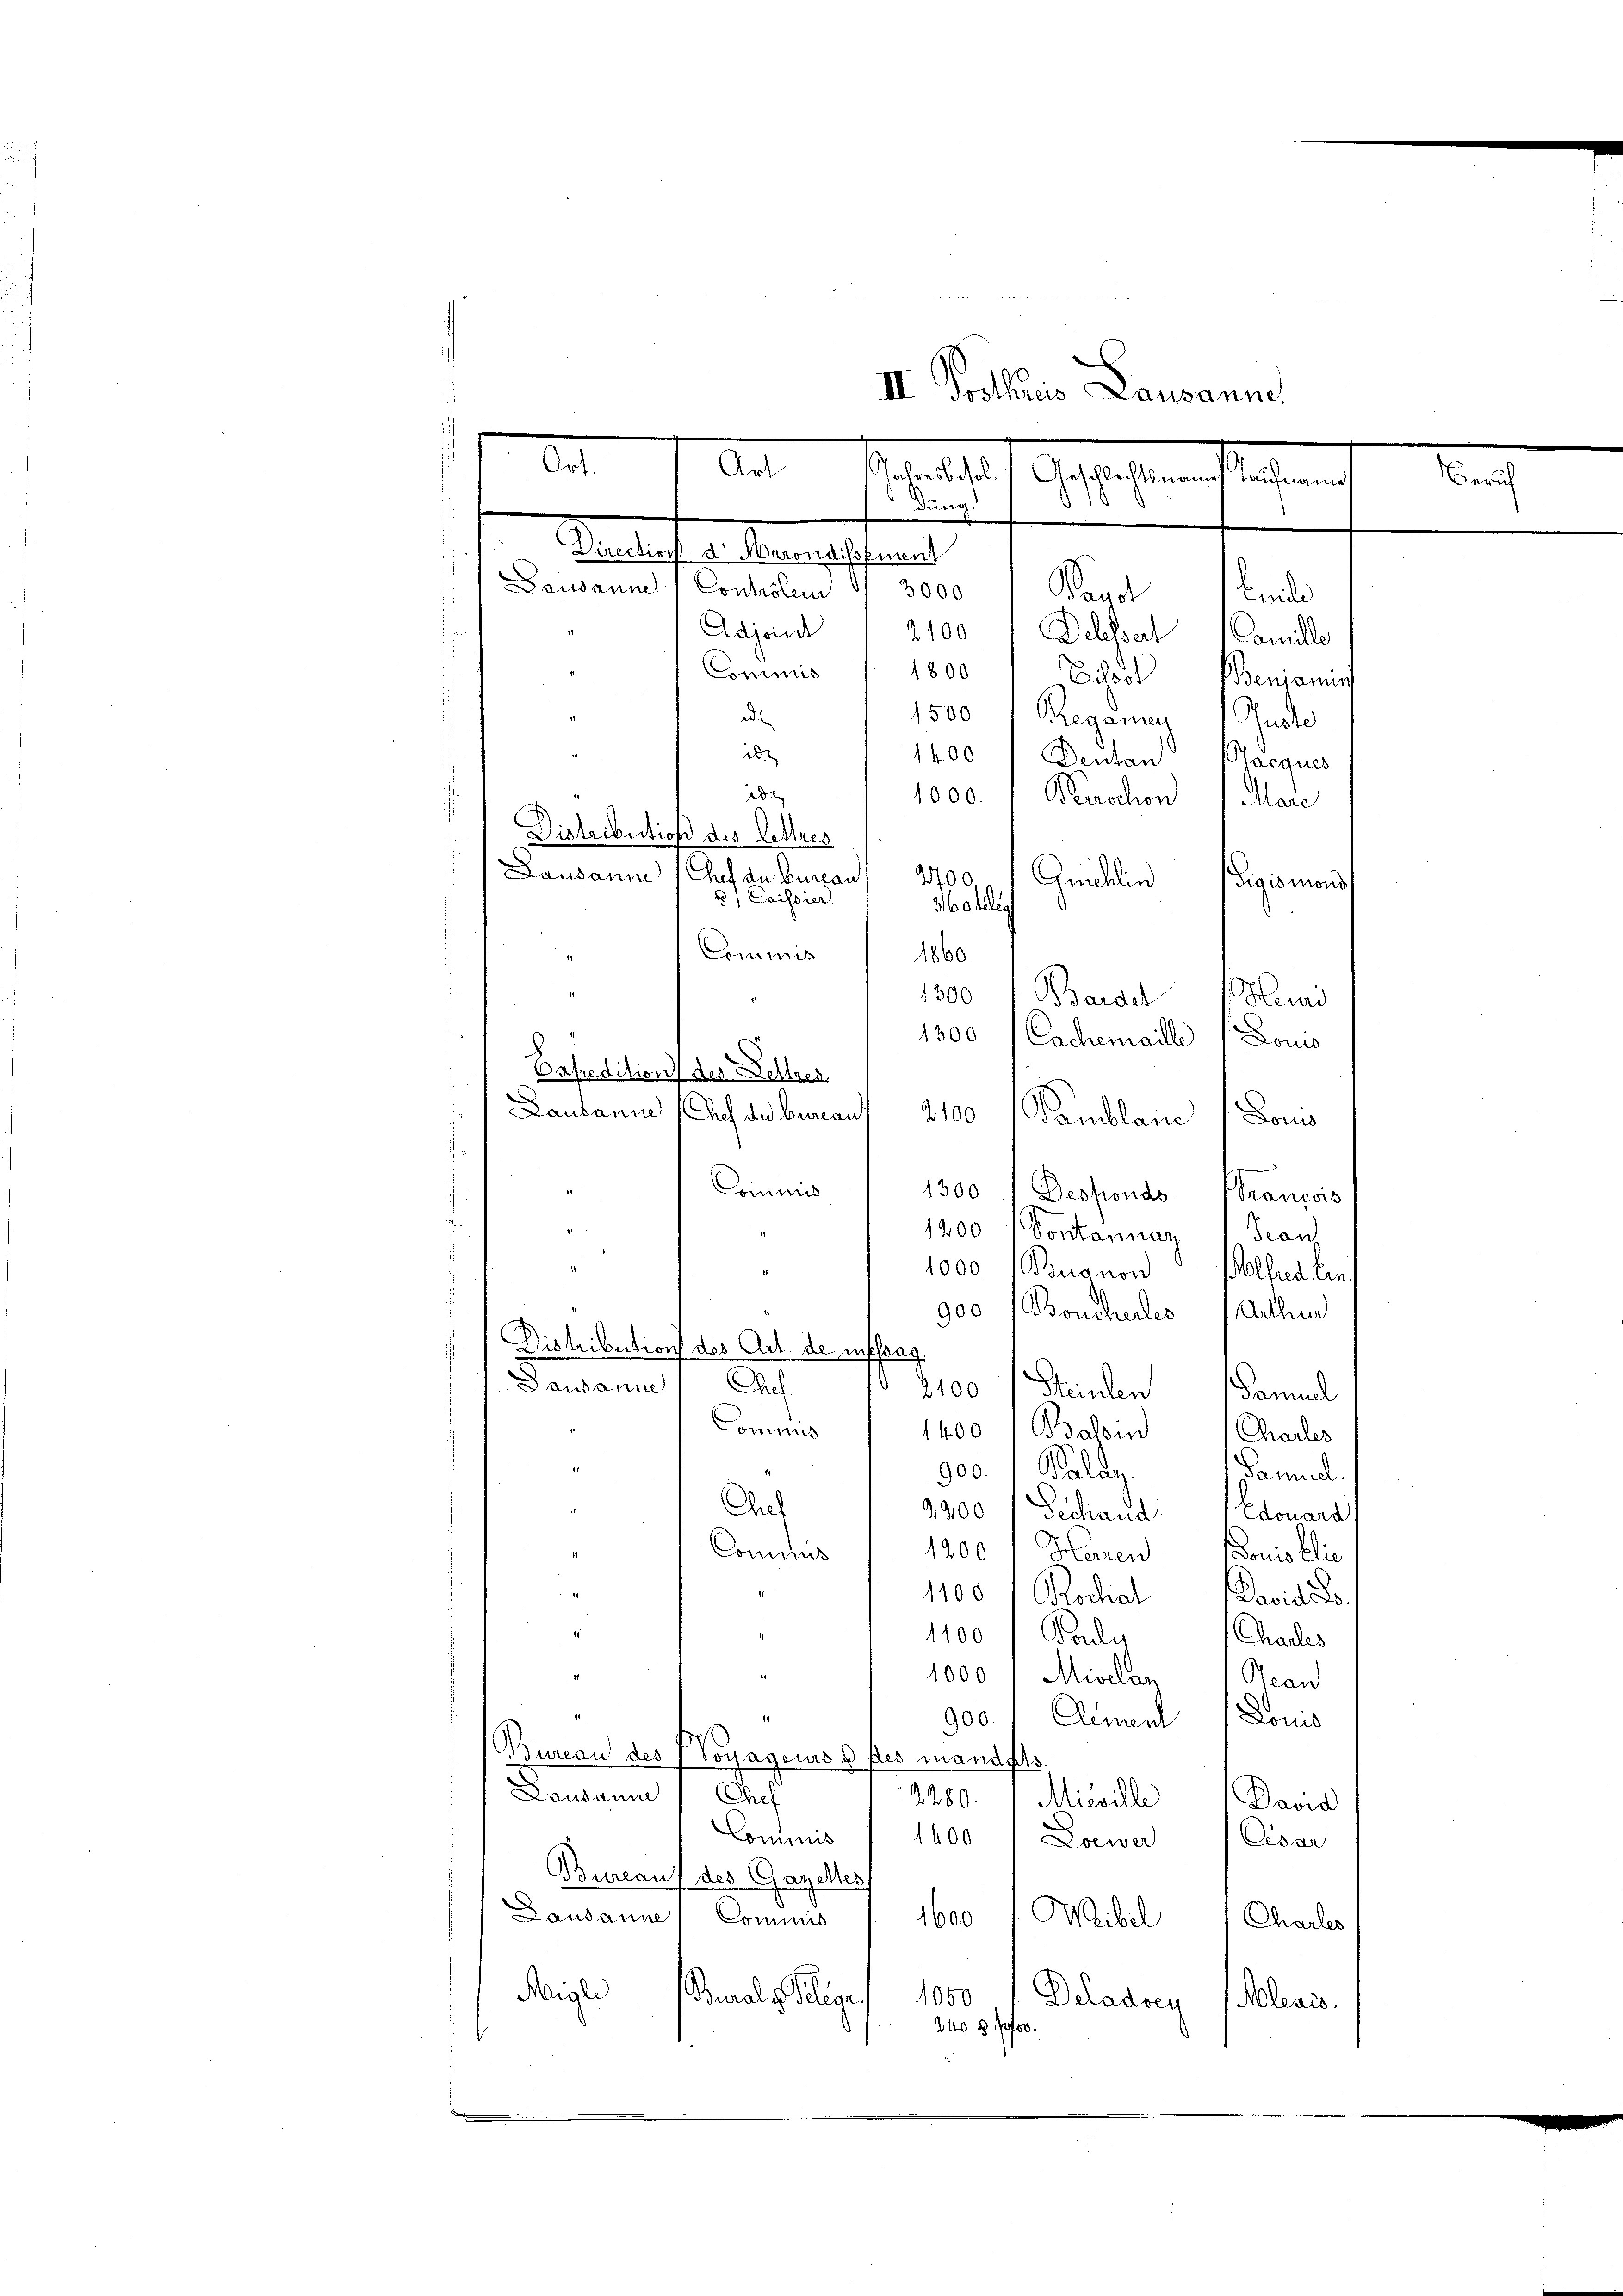
.

Commis
1800
1500 Regamier Juste
ad
id
1400 / Deutan acques
d
1000. Paschon Marc
Distribution des Lettres
Lausanne (Chef du bureau
2400.
Guichlin
igismond
/ Cassier.
360 fl.
d
Commis
1860.
1300 l. Bander Heinri
11
1300 (Cachemaille Doms
d
Capredition des Sellnes.
Lausanne (Chef du bureau f 2100
Pamblen Dom

Commis
1
1300 (Desfonds (Francois
11
1400 (Sontannaz, Fran
1000 (Bugnon " Wolfred Ein
900 (Bonchertes (Arthur
Dishibution des Art. de anfrag
Dausanne Chef 15 8100 / Steinden
Samuel
ominis
1400 " Balin
Charles
2
900. 1 Palay
Samuel.
Auf
2900 (Dechand (Edouara
Commis
1200 f Haren Donis blie
1100 Rochial
Pavidso
41
4
1100 / Pauli
ades
1
1000 " Mivelaz
Gean
1
900. Einen Doms
Bureau des CVoyageurs 8 fles mandels.
Lausanne / Chef
2480. 1 Mieville David
Conimus 1 1400' Loewer
Cesar
Bureaus des Gazelles,
Lausanne Commis
1600
Mibel , Charles
Meigle Berals Silien 1050
Deladoey
Aleais.
2403 Pfor

II. Trollicis Lausannes
Ort.
Art
Senat sich Gestalternstlichen
dung.
Direction d. Merondissement
Lausanne, Controleur 3000
Pandt
beide
Adjoint

21001 Dchlseit (Camille

Eilsor Benianus

Zürich